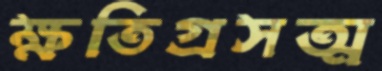
ক্ষতিগ্রসত্ম